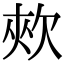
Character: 㰰